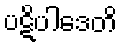
ပဋိပါဒေတိ